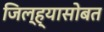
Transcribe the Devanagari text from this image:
जिल्ह्यासोबत